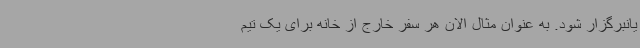
یانبرگزار شود. به عنوان مثال الان هر سفر خارج از خانه برای یک تیم